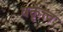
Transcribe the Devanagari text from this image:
वक्तृत्त्व